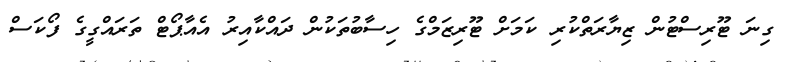
ގިނަ ޓޫރިސްޓުން ޒިޔާރަތްކުރި ކަމަށް ޓޫރިޒަމްގެ ހިސާބުތަކުން ދައްކާއިރު އެއާޕޯޓް ތަރައްގީގެ ފޯކަސް